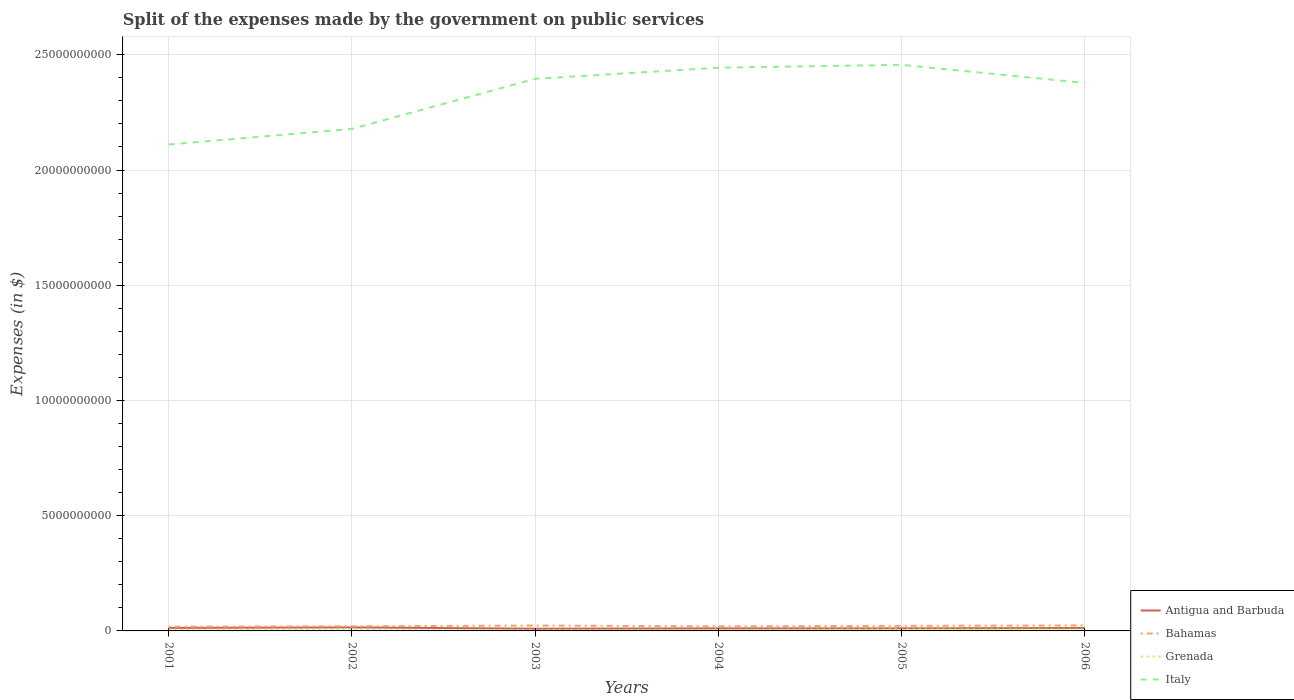
| Years | Antigua and Barbuda | Bahamas | Grenada | Italy |
 | --- | --- | --- | --- | --- |
 | 2001 | 1.3e+08 | 1.85e+08 | 5.26e+07 | 2.11e+10 |
 | 2002 | 1.53e+08 | 2.02e+08 | 4.75e+07 | 2.18e+10 |
 | 2003 | 9.59e+07 | 2.33e+08 | 4.05e+07 | 2.4e+10 |
 | 2004 | 1.1e+08 | 1.99e+08 | 4.61e+07 | 2.44e+10 |
 | 2005 | 1.11e+08 | 2.2e+08 | 6.79e+07 | 2.46e+10 |
 | 2006 | 1.26e+08 | 2.39e+08 | 6.61e+07 | 2.38e+10 |